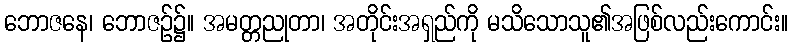
ဘောဇနေ၊ ဘောဇဉ်၌။ အမတ္တညုတာ၊ အတိုင်းအရှည်ကို မသိသောသူ၏အဖြစ်လည်းကောင်း။